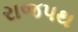
રાજપથ